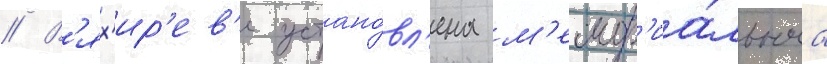
// В'ях'ир'ев'е устано́вл'ена м'емор'иа́льнаа